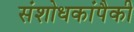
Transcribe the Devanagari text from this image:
संशोधकांपैकी